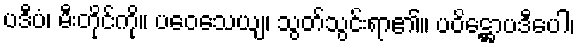
ပဒီပံ၊ မီးတိုင်ကို။ ပဝေသေယျ၊ သွတ်သွင်းရာ၏။ ပဝိဋ္ဌောပဒီပေါ၊